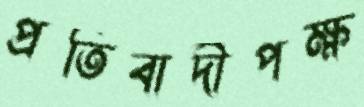
প্রতিবাদীপক্ষ